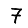
Digit: 7